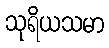
သုရိယသမာ